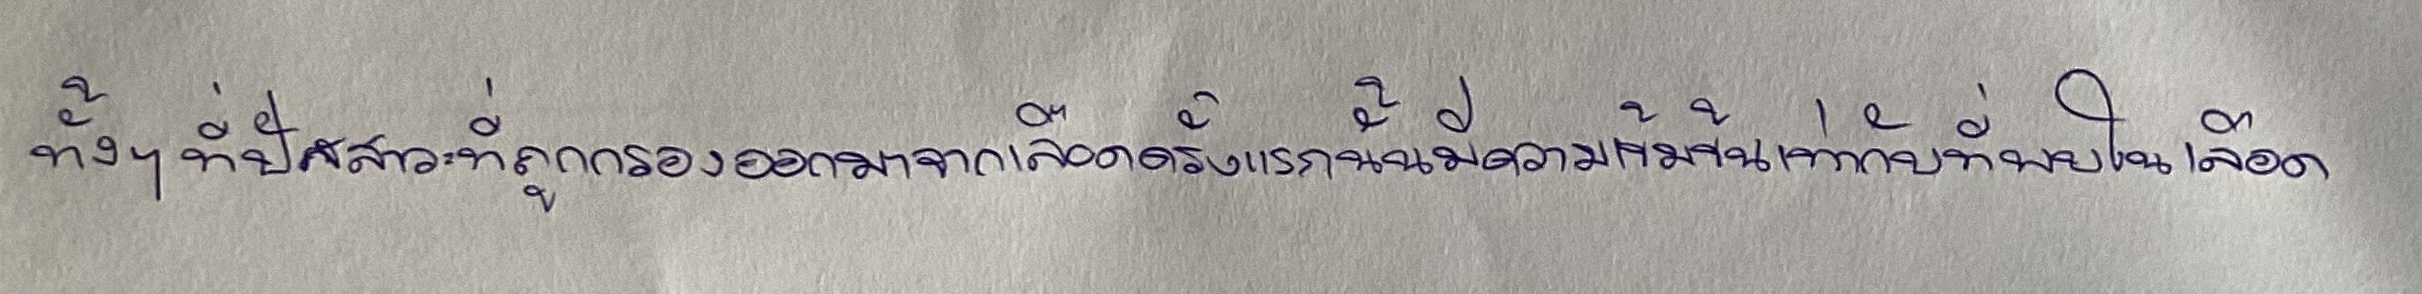
ทั้งๆ ที่ปัสสาวะที่ถูกกรองออกมาจากเลือดครั้งแรกนั้นมีความเข้มข้นเท่ากับที่พบในเลือด